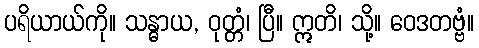
ပရိယာယ်ကို။ သန္ဓာယ, ဝုတ္တံ၊ ပြီ။ ဣတိ၊ သို့။ ဝေဒတဗ္ဗံ။